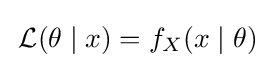
\,{\mathcal {L}}(\theta \mid x)=f_{X}(x\mid \theta )\;